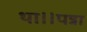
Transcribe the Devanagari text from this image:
था।।पन्ना